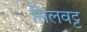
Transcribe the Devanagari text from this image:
सिलवट्ट